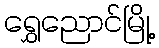
ရွှေညောင်မြို့